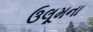
ઉલૂમના